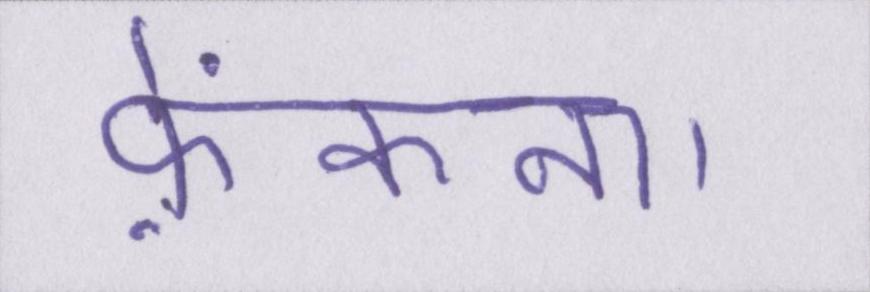
फ़ेंकना।